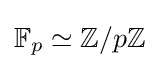
\mathbb {F} _{p}\simeq \mathbb {Z} /p\mathbb {Z}